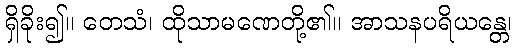
ရှိခိုး၍။ တေသံ၊ ထိုသာမဏေတို့၏။ အာသနပရိယန္တေ၊